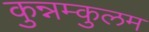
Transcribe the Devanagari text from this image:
कुन्नम्कुलम